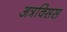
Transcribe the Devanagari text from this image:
अत्रक्सिस